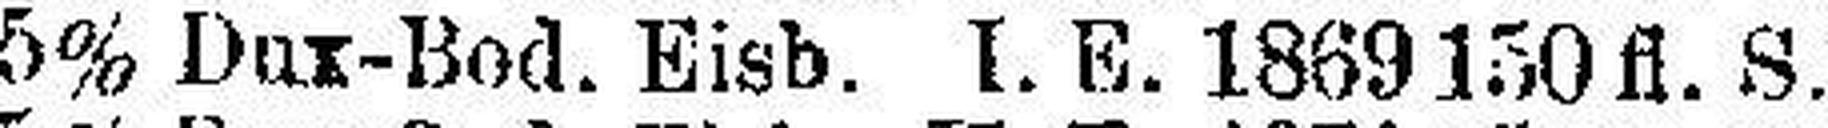
5% Dux-Bod. Eisb. I. E. 1869 150 fl. S.